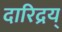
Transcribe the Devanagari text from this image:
दारिद्रय्